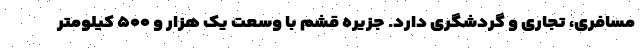
مسافری، تجاری و گردشگری دارد. جزیره قشم با وسعت یک هزار و ۵۰۰ کیلومتر